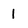
Character: 1